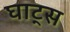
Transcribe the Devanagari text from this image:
घाट्स